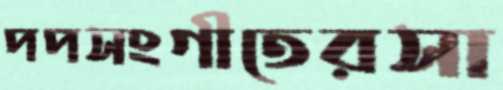
পপসংগীতেরসা